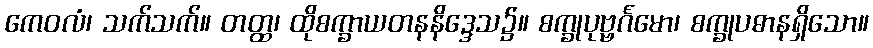
ကေဝလံ၊ သက်သက်။ တတ္ထ၊ ထိုစက္ခာယတနနိဒ္ဒေသ၌။ စက္ခုပုဗ္ဗင်္ဂမော၊ စက္ခုပဓာနရှိသော။